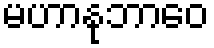
မဟာနုဘာဝေ